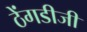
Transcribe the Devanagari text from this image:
ठेंगडीजी